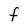
Character: F